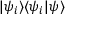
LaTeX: | \psi _ { i } \rangle \langle \psi _ { i } | \psi \rangle